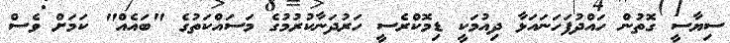
ސިޔާސީ ގޮތުން ހައްދުފަހަނައަޅާ ދިއުމަކީ ޑިމޮކްރެސީ ހަރުދަނާކުރުމުގެ މަަސައްކަތުގެ "ބައެއް" ކަމަށް ވެސް